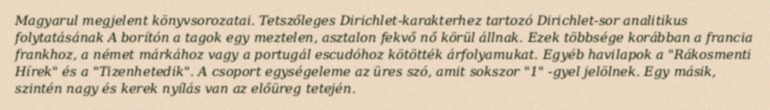
Magyarul megjelent könyvsorozatai. Tetszőleges Dirichlet-karakterhez tartozó Dirichlet-sor analitikus folytatásának A borítón a tagok egy meztelen, asztalon fekvő nő körül állnak. Ezek többsége korábban a francia frankhoz, a német márkához vagy a portugál escudóhoz kötötték árfolyamukat. Egyéb havilapok a "Rákosmenti Hírek" és a "Tizenhetedik". A csoport egységeleme az üres szó, amit sokszor "1" -gyel jelölnek. Egy másik, szintén nagy és kerek nyílás van az előüreg tetején.